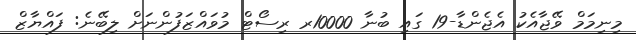
މިނިމަމް ވޭޖާއެކު އެޖެންޑާ-19 ގައި ބުނާ 10000ރ ރިސޯޓް މުވައްޒަފުންނަށް ލިބޭނެ: ފައްޔާޒް